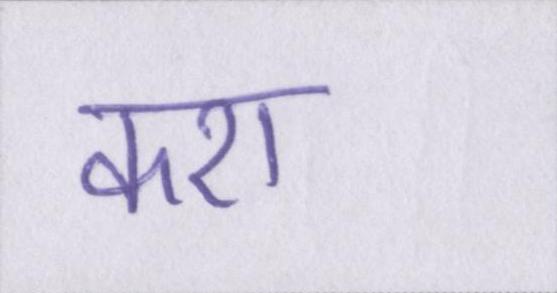
करा